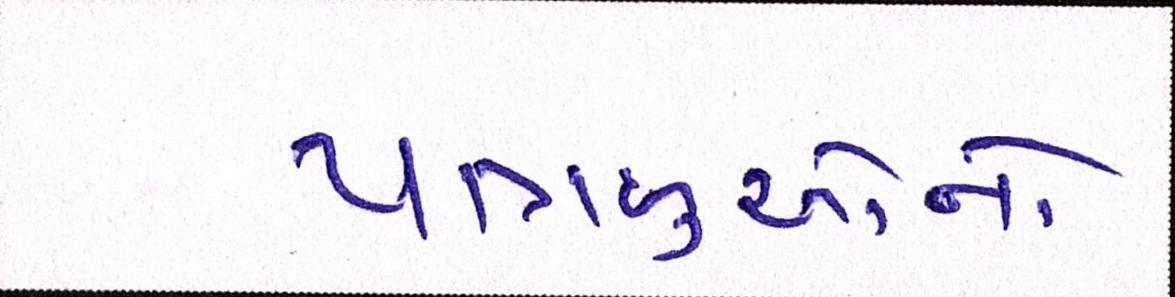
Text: યાત્રાળુઓનો